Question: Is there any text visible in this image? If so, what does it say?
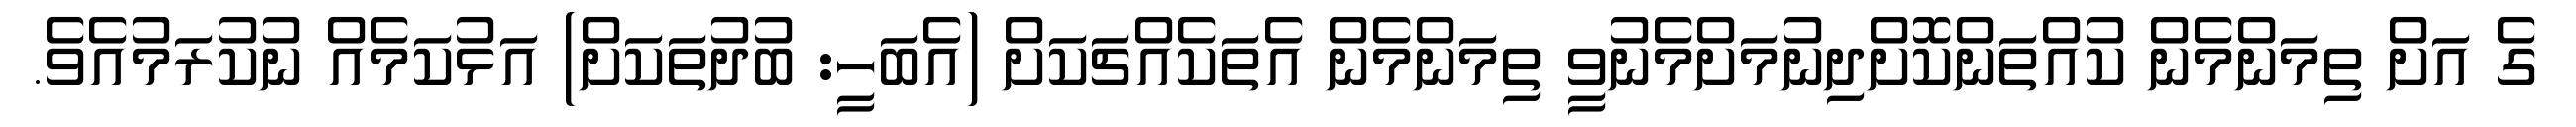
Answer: ގެ އަށް ތިމަންމެން ކުއްތަންކޮށްދިނުމަށްމެނުވީ ތިމަންމެން އެތަކެއްޗަކަށް (އެބަހީ: ބުދުތަކަށް) އަޅުކަމެއް ނުކުރަމުއެވެ.